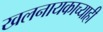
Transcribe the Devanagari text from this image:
खलनायकाच्याही